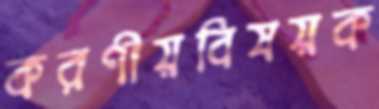
করণীয়বিষয়ক